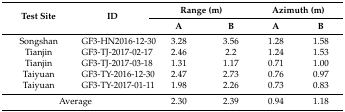
| <ROWSPAN=2> Test Site | <ROWSPAN=2> ID | <COLSPAN=2> Range (m) | <COLSPAN=2> Azimuth (m) |
 | A | B | A | B |
 | --- | --- | --- | --- | --- | --- |
 | Songshan | GF3-HN2016-12-30 | 3.28 | 3.56 | 1.28 | 1.58 |
 | Tianjin | GF3-TJ-2017-02-17 | 2.46 | 2.2 | 1.24 | 1.53 |
 | Tianjin | GF3-TJ-2017-03-18 | 1.31 | 1.17 | 0.71 | 1.00 |
 | Taiyuan | GF3-TY-2016-12-30 | 2.47 | 2.73 | 0.76 | 0.97 |
 | Taiyuan | GF3-TY-2017-01-11 | 1.98 | 2.26 | 0.73 | 0.83 |
 | <COLSPAN=2> Average | 2.30 | 2.39 | 0.94 | 1.18 |